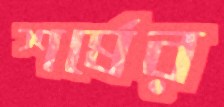
শর্ষের